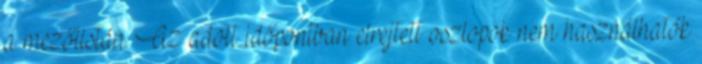
a mezőlistán. Az adott időpontban elrejtett oszlopok nem használhatók